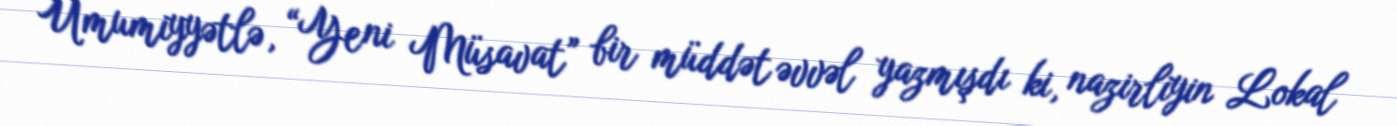
Ümumiyyətlə, “Yeni Müsavat” bir müddət əvvəl yazmışdı ki, nazirliyin Lokal